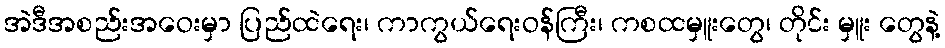
အဲဒီအစည်းအဝေးမှာ ပြည်ထဲရေး၊ ကာကွယ်ရေးဝန်ကြီး၊ ကစထမှူးတွေ၊ တိုင်း မှူး တွေနဲ့